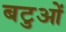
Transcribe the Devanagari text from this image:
बटुओं